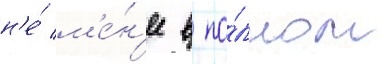
н'е́ м'е́н'ее в по́лном